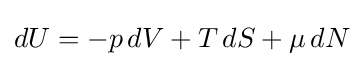
dU=-p\,dV+T\,dS+\mu \,dN